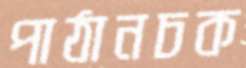
পাঠানচক